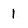
Character: 1